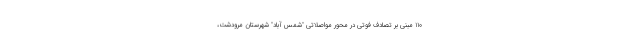
۱۱۰ مبنی بر تصادف فوتی در محور مواصلاتی "شمس آباد" شهرستان مرودشت،